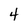
Character: 4